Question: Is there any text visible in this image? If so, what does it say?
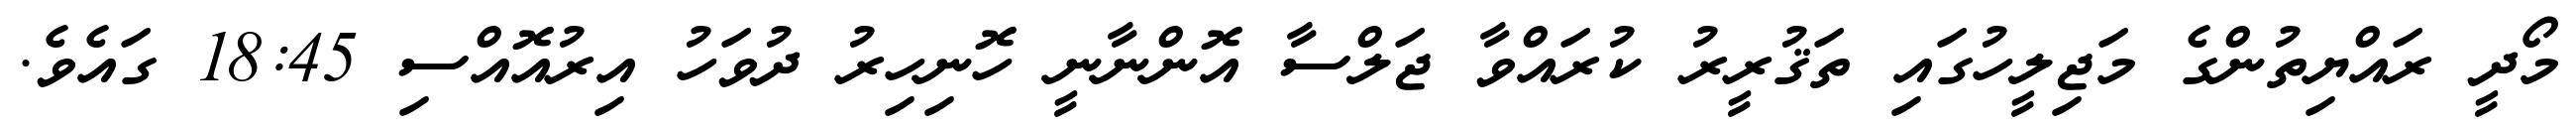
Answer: މޯދީ ރައްޔިތުންގެ މަޖިލީހުގައި ތަޤުރީރު ކުރައްވާ ޖަލްސާ އޮންނާނީ ހޮނިހިރު ދުވަހު އިރުއޮއްސި 18:45 ގައެވެ.